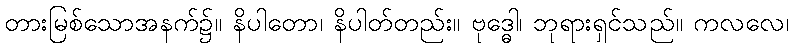
တားမြစ်သောအနက်၌။ နိပါတော၊ နိပါတ်တည်း။ ဗုဒ္ဓေါ၊ ဘုရားရှင်သည်။ ကလလေ၊